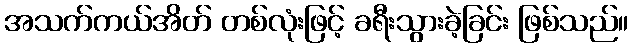
အသက်ကယ်အိတ် တစ်လုံးဖြင့် ခရီးသွားခဲ့ခြင်း ဖြစ်သည်။